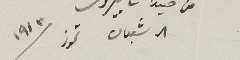
8 شعبان تموز 1913